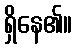
ရှိနေ၏။